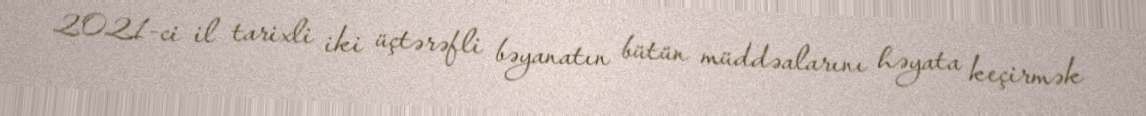
2021-ci il tarixli iki üçtərəfli bəyanatın bütün müddəalarını həyata keçirmək